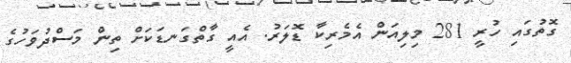
ގޮތުގައި ހުރީ 281 މިލިއަން އެމެރިކާ ޑޮލަރު. އެއީ ގާތްގަނޑަކަށް ތިން މަސްދުވަހުގެ